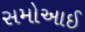
સમોઆઈ